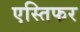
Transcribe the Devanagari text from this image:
एस्तिफर